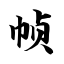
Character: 帧